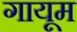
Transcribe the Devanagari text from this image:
गायूम